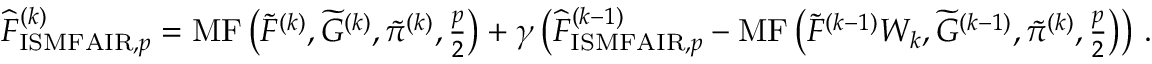
\begin{array} { r } { \widehat { F } _ { \mathrm { I S M F A I R } , p } ^ { ( k ) } = \operatorname { M F } \left( \widetilde { F } ^ { ( k ) } , \widetilde { G } ^ { ( k ) } , \tilde { \pi } ^ { ( k ) } , \frac { p } { 2 } \right) + \gamma \left( \widehat { F } _ { \mathrm { I S M F A I R } , p } ^ { ( k - 1 ) } - \operatorname { M F } \left( \widetilde { F } ^ { ( k - 1 ) } W _ { k } , \widetilde { G } ^ { ( k - 1 ) } , \tilde { \pi } ^ { ( k ) } , \frac { p } { 2 } \right) \right) \, . } \end{array}